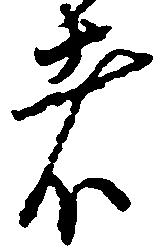
者